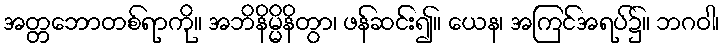
အတ္တဘောတစ်ရာကို။ အဘိနိမ္မိနိတွာ၊ ဖန်ဆင်း၍။ ယေန၊ အကြင်အရပ်၌။ ဘဂဝါ၊